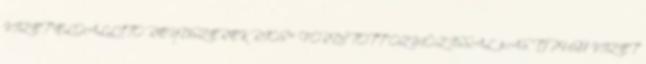
VIZET ELŐÁLLÍTÓ RENDSZEREK RIOS™ FORDÍTOTT OZMÓZISSAL 3-AS TÍPUSÚ VIZET